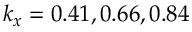
k _ { x } = 0 . 4 1 , 0 . 6 6 , 0 . 8 4